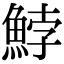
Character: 𩷚